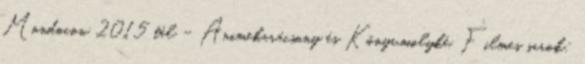
Mondocon 2015 tél – Animekarácsony és Könyvmolyké. Filmes sarok: